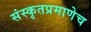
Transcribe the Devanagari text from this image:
संस्कृतप्रमाणेच